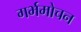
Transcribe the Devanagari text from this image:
गर्भमोचन